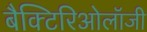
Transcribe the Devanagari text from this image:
बैक्टिरिओलॉजी